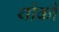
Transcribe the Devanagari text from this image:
थोकों